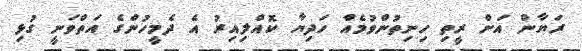
ރަޔާން އަށް ރީތި ހިނިތުންވުމެއް ހަދިޔާ ކޮއްލިއިރު އެ ދެމީހުންގެ އަތްވަނީ ގުޅި